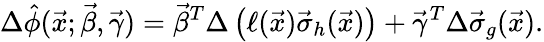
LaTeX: \Delta\hat{\phi}(\vec{x};\vec{\beta},\vec{\gamma})=\vec{\beta}^{T}\Delta\left(\ell(\vec{x})\vec{\sigma}_{h}(\vec{x})\right)+\vec{\gamma}^{T}\Delta\vec{\sigma}_{g}(\vec{x}).